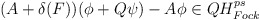
\begin{align*}(A+\delta (F))(\phi +Q\psi )-A\phi \in QH_{Fock}^{ps}\end{align*}